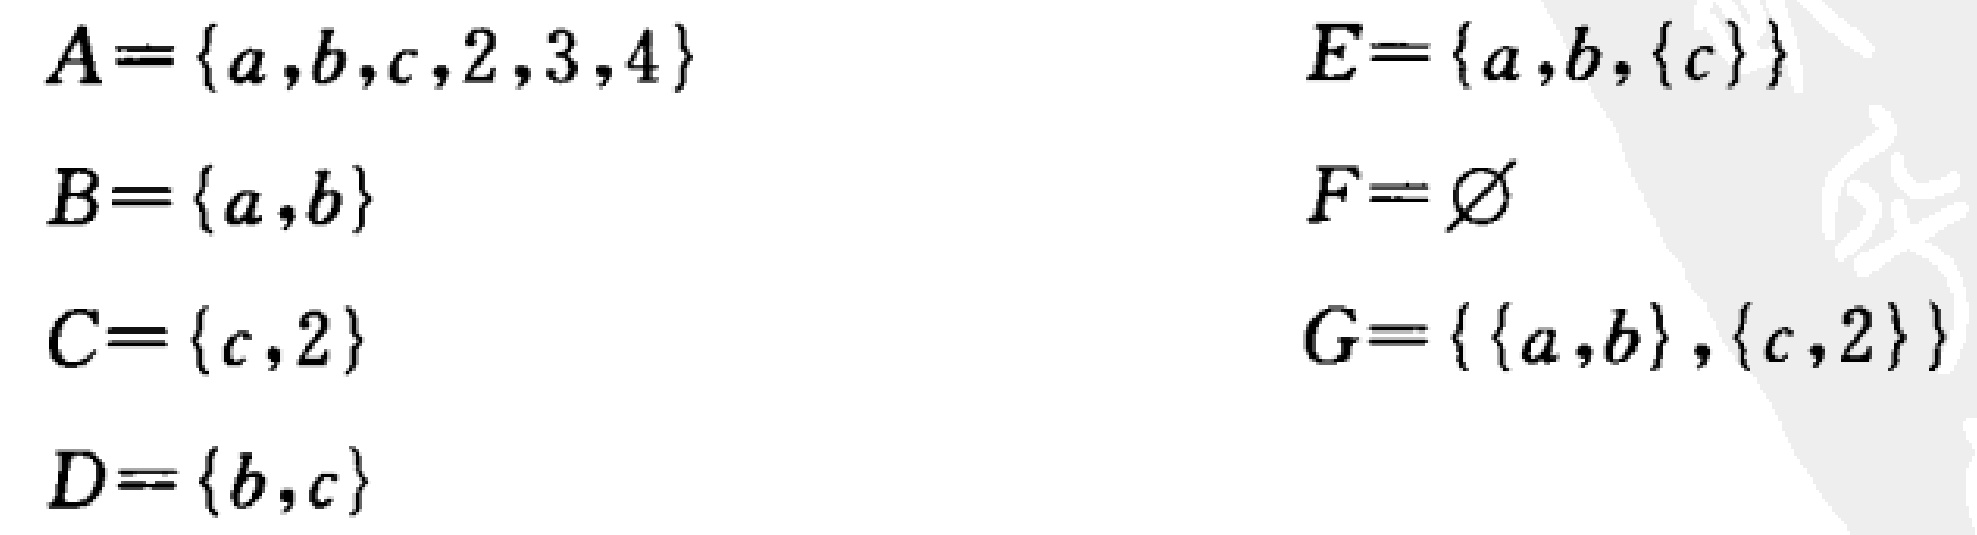
\[

\begin{align*}

A&=\{a,b,c,2,3,4\}\\

B&=\{a,b\}\\

C&=\{c,2\}\\

D&=\{b,c\}\\

E&=\{a,b,\{c\}\}\\

F&=\varnothing\\

G&=\{\{a,b\},\{c,2\}\}

\end{align*}

\]